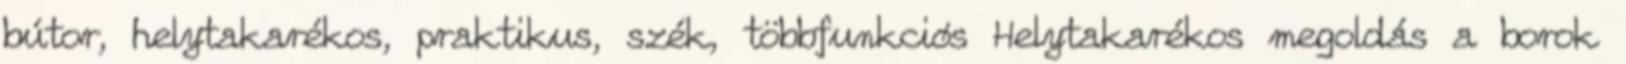
bútor, helytakarékos, praktikus, szék, többfunkciós Helytakarékos megoldás a borok